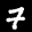
Label: 7